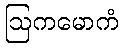
ဩကမောကံ